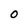
Character: O